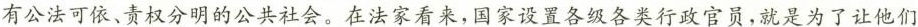
有公法可依、责权分明的公共社会。在法家看来，国家设置各级各类行政官员，就是为了让他们